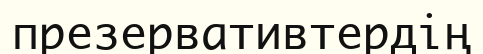
презервативтердің